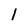
Character: 1